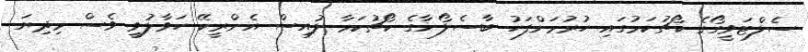
ސެލްޓަވީގޯގެ ކޯޗުކަމުގައި ހުރުމަށްފަހު ބާސެލޯނާގެ ކޯޗުކަމާ ލުއިސް އެންރީކޭ ހަވާލުވީ ވެސް މިދިޔަ